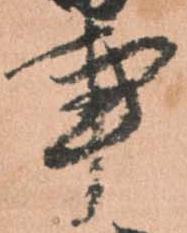
事